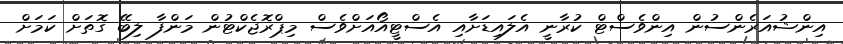
އިންޝުއަރެންސުން އިންވެސްޓް ކުރާނީ އެލައިޑަށާއި އެސްޓީއޯއަށްވެސް މިޕްރޮޖެކްޓުން މަންފާ ލިބޭ ގޮތަށް ކަމަށް